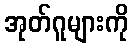
အုတ်ဂူများကို